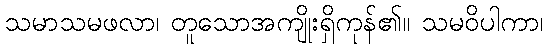
သမာသမဖလာ၊ တူသောအကျိုးရှိကုန်၏။ သမဝိပါကာ၊